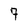
Character: 7